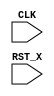
module TOP(CLK, RST_X);
  input CLK;
  input RST_X;
  reg [3:0] cnt;

  always @(posedge CLK or negedge RST_X) begin
    if(!RST_X) begin
      cnt <= 0;
    end else begin
      cnt <= cnt + 1;
    end
  end
  
endmodule